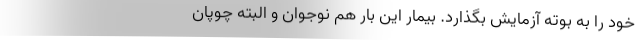
خود را به بوته آزمایش بگذارد. بیمار این بار هم نوجوان و البته چوپان